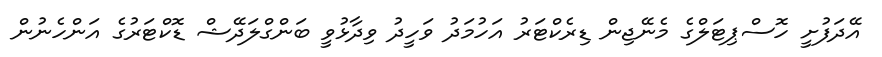
އޭދަފުށީ ހޮސްޕިޓަލްގެ މެނޭޖިން ޑިރެކްޓަރު އަހުމަދު ވަހީދު ވިދާޅުވީ ބަންގްލަދޭޝް ޑޮކްޓަރުގެ އަންހެނުން